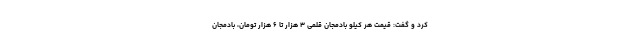
کرد و گفت: قیمت هر کیلو بادمجان قلمی ۳ هزار تا ۶ هزار تومان، بادمجان